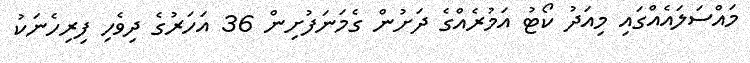
މައްސަލައެއްގައި މިއަދު ކޯޓު އަމުރެއްގެ ދަށުން ގެމަނަފުށިން 36 އަހަރުގެ ދިވެހި ފިރިހެނަކު